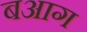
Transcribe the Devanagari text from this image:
बआग